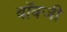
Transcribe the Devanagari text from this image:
बॉबजी